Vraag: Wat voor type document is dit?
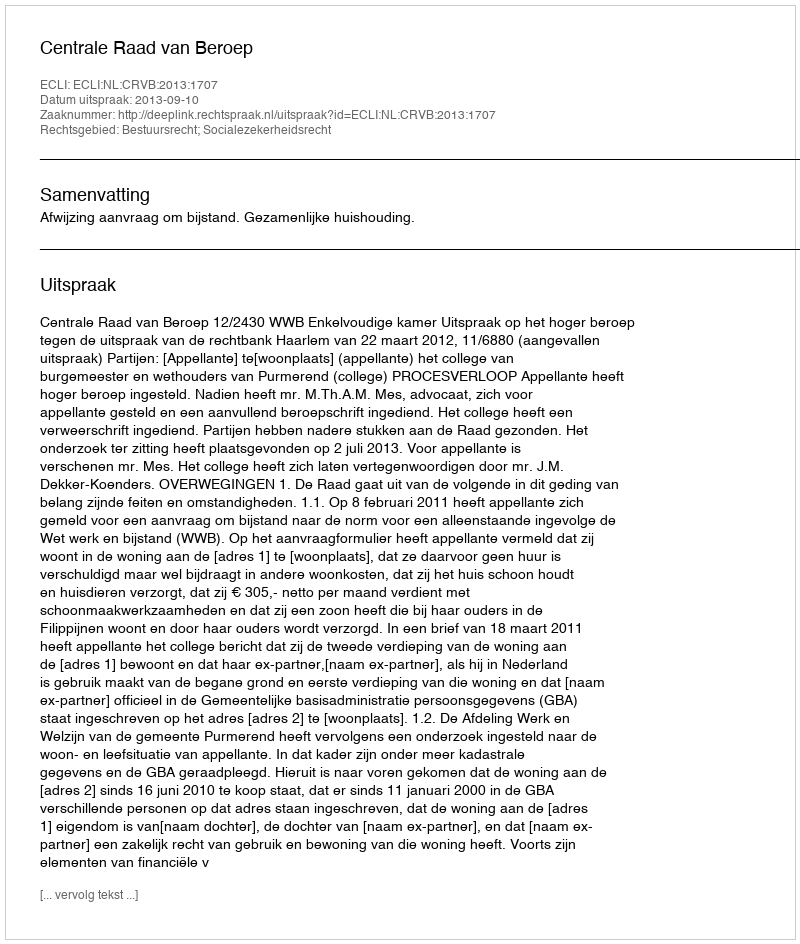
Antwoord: Uitspraak